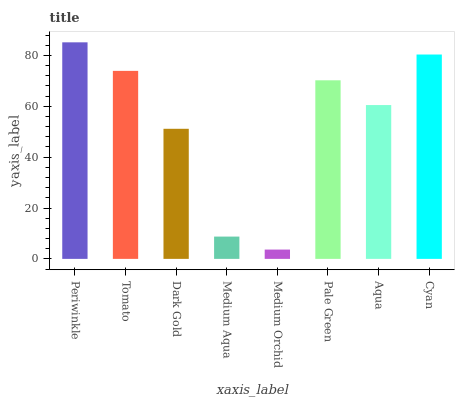
| xaxis_label | bars |
 | --- | --- |
 | Periwinkle | 85.1 |
 | Tomato | 73.9 |
 | Dark Gold | 51.1 |
 | Medium Aqua | 8.77 |
 | Medium Orchid | 3.66 |
 | Pale Green | 70.2 |
 | Aqua | 60.5 |
 | Cyan | 80.3 |